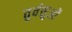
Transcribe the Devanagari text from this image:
तुर्वसुओं